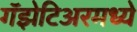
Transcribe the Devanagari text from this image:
गॅझेटिअरमध्ये